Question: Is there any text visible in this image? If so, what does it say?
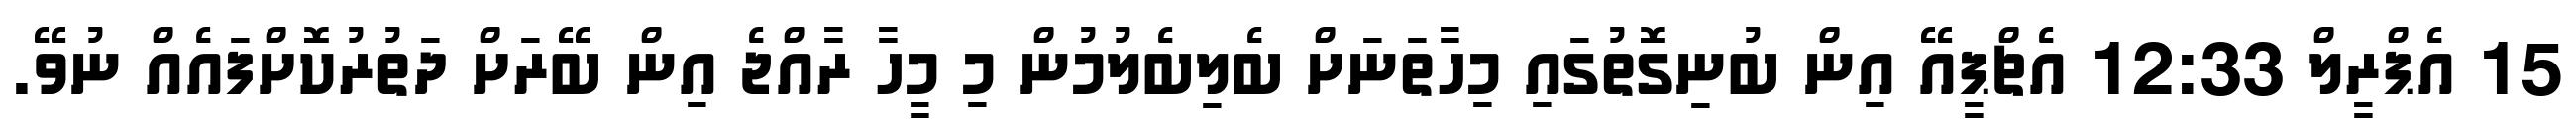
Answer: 15 އެޕްރީލް 12:33 އެޗްޕީއޭ އިން ބުނިގޮތުގައި މިހާތަނަށް ބެލިބެލުމުން މި މީހާ ރާއްޖެ އިން ބޭރަށް ދަތުރުކޮށްފައެއް ނުވޭ.